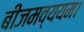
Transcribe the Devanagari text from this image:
बीजमव्ययम।